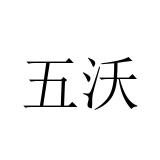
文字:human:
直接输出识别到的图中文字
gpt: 五沃